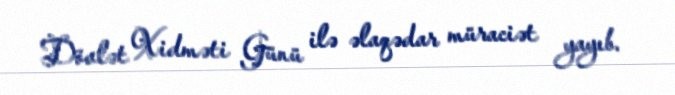
Dövlət Xidməti Günü ilə əlaqədar müraciət yayıb.